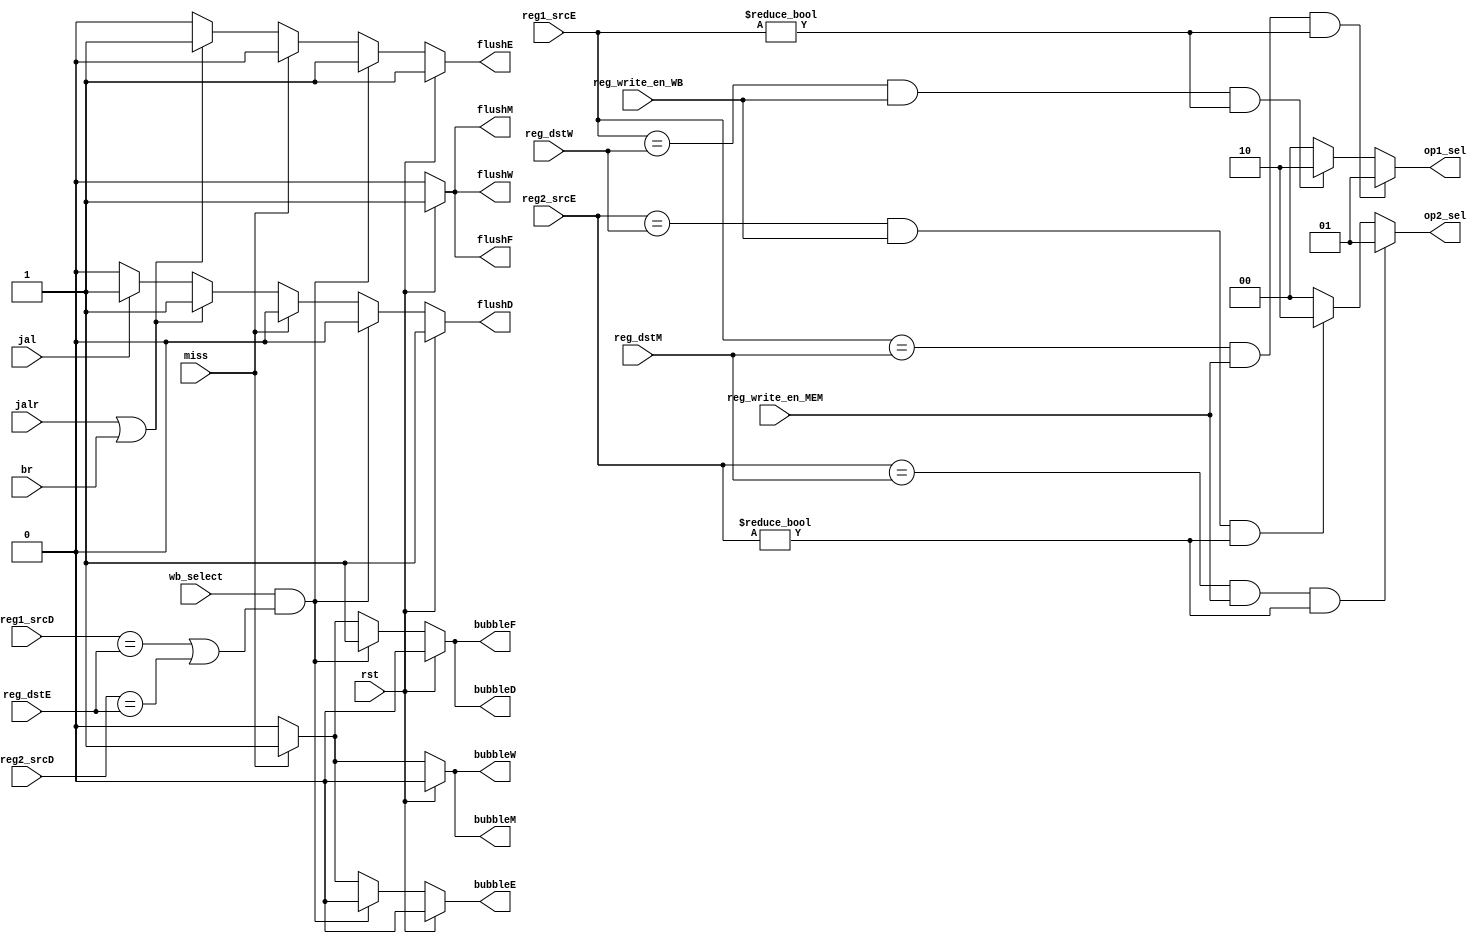
module HarzardUnit(
    input  rst,
    input  miss,
    input       [4:0]   reg1_srcD, 
    input       [4:0]   reg2_srcD, 
    input       [4:0]   reg1_srcE, 
    input       [4:0]   reg2_srcE, 
    input       [4:0]   reg_dstE, 
    input       [4:0]   reg_dstM, 
    input       [4:0]   reg_dstW,
    input               br, 
    input               jalr, 
    input               jal,
    input               wb_select,
    input               reg_write_en_MEM,
    input               reg_write_en_WB,
    output reg          flushF, 
    output reg          bubbleF, 
    output reg          flushD, 
    output reg          bubbleD, 
    output reg          flushE,
    output reg          bubbleE, 
    output reg          flushM, 
    output reg          bubbleM, 
    output reg          flushW, 
    output reg          bubbleW,
    output reg [1:0]    op1_sel, 
    output reg [1:0]    op2_sel
    );
    
    
    // generate op1_sel
    always @ (*)begin 
        if (reg1_srcE == reg_dstM && reg_write_en_MEM == 1 && reg1_srcE != 0) begin
            // mem to ex forwarding, mem forwarding first
            op1_sel = 2'b01;
        end else if (reg1_srcE == reg_dstW && reg_write_en_WB == 1 && reg1_srcE != 0) begin
            // wb to ex forwarding
            op1_sel = 2'b10;
        end else begin
            op1_sel = 2'b00;
        end
    end

    // generate op2_sel
    always @ (*) begin 
        if (reg2_srcE == reg_dstM && reg_write_en_MEM == 1 && reg2_srcE != 0) begin
            // mem to ex forwarding, mem forwarding first
            op2_sel = 2'b01;
        end else if (reg2_srcE == reg_dstW && reg_write_en_WB == 1 && reg2_srcE != 0)begin
            // wb to ex forwarding
            op2_sel = 2'b10;
        end else begin
            op2_sel = 2'b00;
        end
    end

    // generate bubbleF and flushF
    always @ (*) begin
        if (rst) begin
            bubbleF = 0;
            flushF = 1;
        end else if (wb_select==1 && (reg1_srcD==reg_dstE || reg2_srcD==reg_dstE))begin//load-use
            bubbleF = 1;
            flushF = 0;
        end else if(miss)begin  //cache miss
            bubbleF = 1;
            flushF = 0;
        end else begin
            bubbleF = 0;
            flushF = 0;
        end
    end

    // generate bubbleD and flushD
    always @ (*) begin
        if (rst)begin
            bubbleD = 0;
            flushD = 1;
        end else if (wb_select==1 && (reg1_srcD==reg_dstE || reg2_srcD==reg_dstE))begin //load-use
            bubbleD = 1;
            flushD = 0;
        end else if(miss)begin//cache miss
            bubbleD = 1;
            flushD = 0;
        end else if (jalr || br) begin //jalr or br
            bubbleD = 0;
            flushD = 1;
        end else if(jal)begin   //jal
            bubbleD = 0;
            flushD = 1;
        end else begin
            bubbleD = 0;
            flushD = 0;
        end
    end

    // generate bubbleE and flushE
    always @ (*) begin
        if (rst) begin
            bubbleE = 0;
            flushE = 1;
        end else if (wb_select==1 && (reg1_srcD==reg_dstE || reg2_srcD==reg_dstE))begin //load-use
            bubbleE = 0;
            flushE = 1;
        end else if(miss) begin  //cache miss
            bubbleE = 1;
            flushE = 0;
        end else if (jalr || br) begin //jalr or br
            bubbleE = 0;
            flushE = 1;
        end else begin
            bubbleE = 0;
            flushE = 0;
        end
    end

    // generate bubbleM and flushM
    always @ (*) begin
        if (rst) begin
            bubbleM = 0;
            flushM = 1;
        end else if(miss) begin //cache miss
            bubbleM = 1;
            flushM = 0;
        end else begin
            bubbleM = 0;
            flushM = 0;
        end
    end

    // generate bubbleW and flushW
    always @ (*) begin
        if (rst) begin
            bubbleW = 0;
            flushW = 1;
        end else if(miss) begin   //cache miss
            bubbleW = 1;
            flushW = 0;
        end else begin
            bubbleW = 0;
            flushW = 0;
        end
    end
    
endmodule